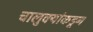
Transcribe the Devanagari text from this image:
चालुक्यांकडून